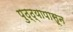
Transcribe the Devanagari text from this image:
पुठ्ठ्यापासून